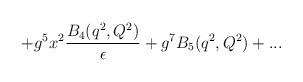
LaTeX: \begin{align*}+g^5x^2{B_4(q^2,Q^2)\over \epsilon}+g^7B_5(q^2,Q^2)+...\end{align*}